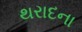
થરાદના